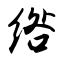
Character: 绺